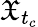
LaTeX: \mathfrak{X}_{t_{c}}